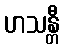
ဟသန္တီ